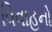
વિવાહનો